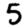
Digit: 5